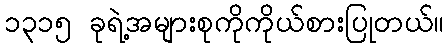
၁၃၁၅ ခုရဲ့အများစုကိုကိုယ်စားပြုတယ်။